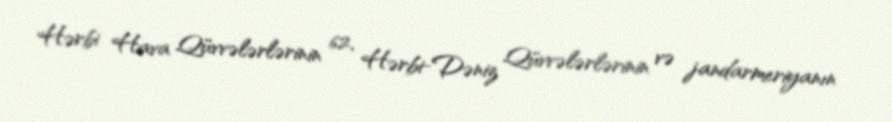
Hərbi Hava Qüvvələrlərinin 62, Hərbi-Dəniz Qüvvələrlərinin və jandarmeriyanın